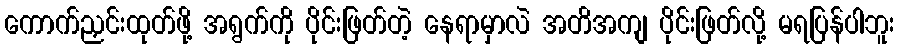
ကောက်ညှင်းထုတ်ဖို့ အရွက်ကို ပိုင်းဖြတ်တဲ့ နေရာမှာလဲ အတိအကျ ပိုင်းဖြတ်လို့ မရပြန်ပါဘူး